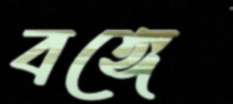
বঙ্গে